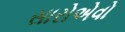
સારોએવો